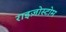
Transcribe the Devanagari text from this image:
राइज़ोस्टोम